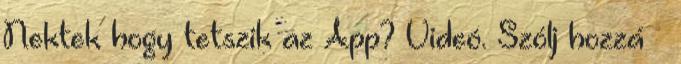
Nektek hogy tetszik az App? Videó. Szólj hozzá –